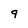
Character: 9